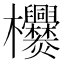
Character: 𣡿